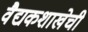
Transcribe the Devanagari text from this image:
वैद्यकशाखेची